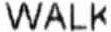
WALK